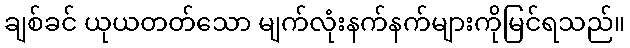
ချစ်ခင် ယုယတတ်သော မျက်လုံးနက်နက်များကိုမြင်ရသည်။